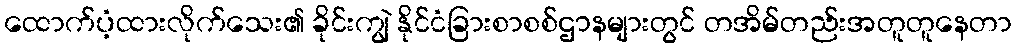
ထောက်ပံ့ထားလိုက်သေး၏ ခိုင်းကျွဲ နိုင်ငံခြားစာစစ်ဌာနများတွင် တအိမ်တည်းအတူတူနေတာ